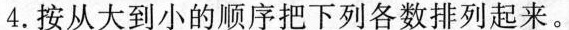
4.按从大到小的顺序把下列各数排列起来。